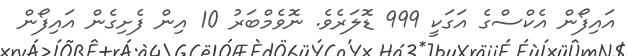
އައިފޯން އެކްސްގެ އަގަކީ 999 ޑޮލަރެވެ. ނޮވެމްބަރު 10 އިން ފެށިގެން އައިފޯން